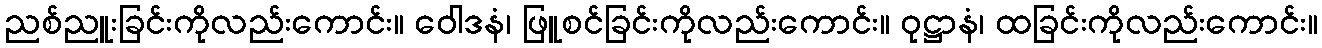
ညစ်ညူးခြင်းကိုလည်းကောင်း။ ဝေါဒနံ၊ ဖြူစင်ခြင်းကိုလည်းကောင်း။ ဝုဋ္ဌာနံ၊ ထခြင်းကိုလည်းကောင်း။